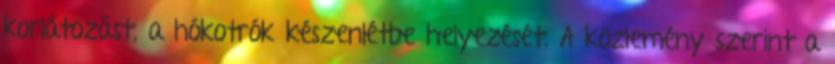
korlátozást, a hókotrók készenlétbe helyezését. A közlemény szerint a